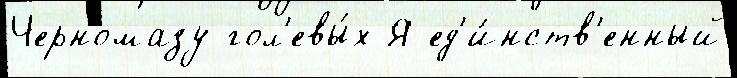
Черномазу гол'евы́х Я ед'и́нств'енный